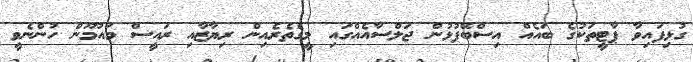
ގުޅިފައިވާ ޕާޓީތަކުގެ ބައެއް އިސްބޭފުޅުން ޖަލްސާއެއްގައި މީގެތެރެއިން ރިޔާޒާއި ރައީސް މައުމޫން ހުންނެވީ